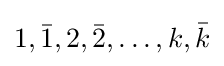
1,{\bar {1}},2,{\bar {2}},\dots ,k,{\bar {k}}